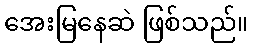
အေးမြနေဆဲ ဖြစ်သည်။